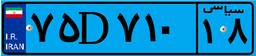
۷۵D۷۱۰۱۸